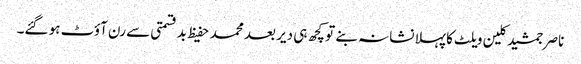
ناصر جمشید کلین ویلٹ کا پہلا نشانہ بنے تو کچھ ہی دیر بعد محمد حفیظ بدقسمتی سے رن آؤٹ ہو گئے۔